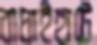
বাঘাইহাটে